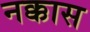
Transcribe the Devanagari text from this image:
नक्कास